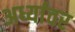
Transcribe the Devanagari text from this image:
अर्ध्यावर